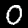
Digit: 0